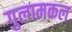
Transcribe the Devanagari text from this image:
गुलामकल